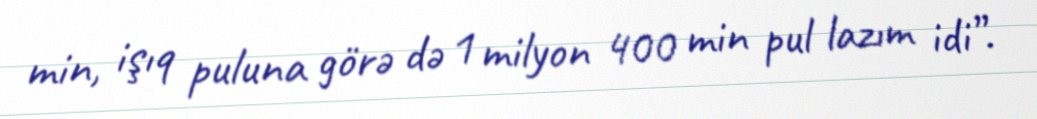
min, işıq puluna görə də 1 milyon 400 min pul lazım idi”.